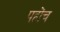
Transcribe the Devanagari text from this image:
पहोंच